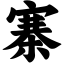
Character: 寨